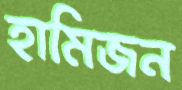
হামিজন